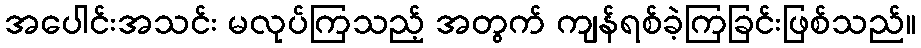
အပေါင်းအသင်း မလုပ်ကြသည့် အတွက် ကျန်ရစ်ခဲ့ကြခြင်းဖြစ်သည်။